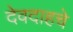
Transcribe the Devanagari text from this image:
देवदाहचे